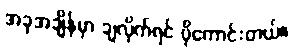
အခုအချိန်မှာ ချလိုက်ရင် ပိုကောင်းတယ်။